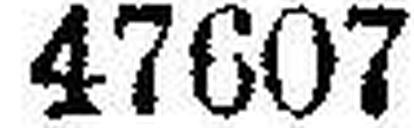
47607